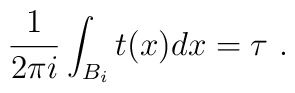
\frac{1}{2\pi i} \int_{B_i} t(x) dx =\tau \ .